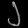
Digit: ၂